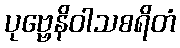
ပုဗ္ဗေနိဝါသစရိတံ